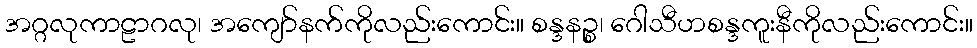
အဂ္ဂလုကာဠာဂလု၊ အကျော်နက်ကိုလည်းကောင်း။ စန္ဒနဉ္စ၊ ဂေါသီဟစန္ဒကူးနီကိုလည်းကောင်း။